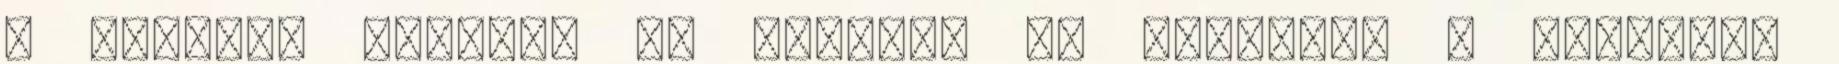
a maradék krémet. Az oldalát is bekentem a krémmel.